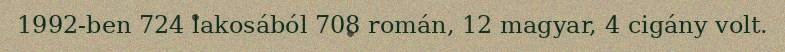
1992-ben 724 lakosából 708 román, 12 magyar, 4 cigány volt.